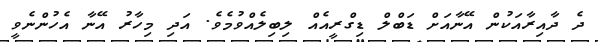
ދެ ދާއިރާއަކުން އޭނާއަށް ޑަބްލް ޑިގްރީއެއް ލިބިލެއްވުމެވެ. އަދި މިހާރު އޭނާ އެހުންނެވީ